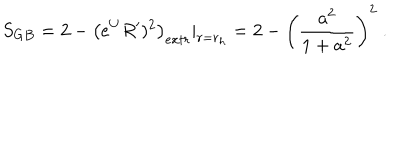
S _ { G B } = 2 - \left( e ^ { U } R ^ { \prime } ) ^ { 2 } \right) _ { e x t r } | _ { r = r _ { h } } = 2 - \left( { \frac { a ^ { 2 } } { 1 + a ^ { 2 } } } \right) ^ { 2 } \ .